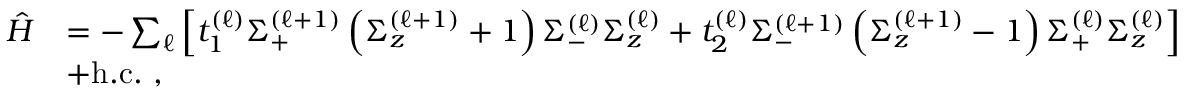
\begin{array} { r l } { \hat { H } } & { = - \sum _ { \ell } \left[ t _ { 1 } ^ { ( \ell ) } \Sigma _ { + } ^ { \left( \ell + 1 \right) } \left( \Sigma _ { z } ^ { \left( \ell + 1 \right) } + 1 \right) \Sigma _ { - } ^ { \left( \ell \right) } \Sigma _ { z } ^ { \left( \ell \right) } + t _ { 2 } ^ { ( \ell ) } \Sigma _ { - } ^ { \left( \ell + 1 \right) } \left( \Sigma _ { z } ^ { \left( \ell + 1 \right) } - 1 \right) \Sigma _ { + } ^ { \left( \ell \right) } \Sigma _ { z } ^ { \left( \ell \right) } \right] } \\ & { + \mathrm { h . c . } \, \, , } \end{array}